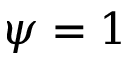
\psi = 1